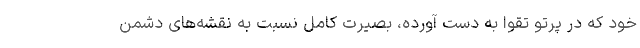
خود که در پرتو تقوا به دست آورده، بصیرت کامل نسبت به نقشه‌های دشمن